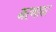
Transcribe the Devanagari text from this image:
मरणावर